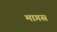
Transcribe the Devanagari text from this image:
मागस